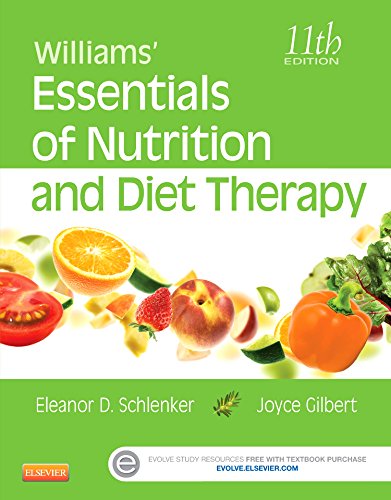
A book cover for Williams' Essentials of Nutrition and Diet Therapy, 11e; Eleanor Schlenker PhD  RD; Medical Books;